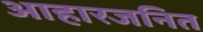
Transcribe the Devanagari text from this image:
आहारजनित